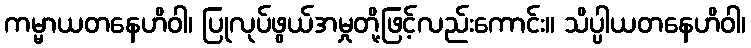
ကမ္မာယတနေဟိဝါ၊ ပြုလုပ်ဖွယ်အမှုတို့ဖြင့်လည်းကောင်း။ သိပ္ပါယတနေဟိဝါ၊